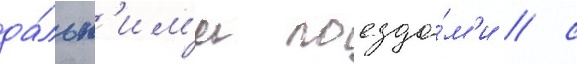
да́льн'им'и поезда́м'и / с